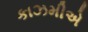
કાઝમીએ